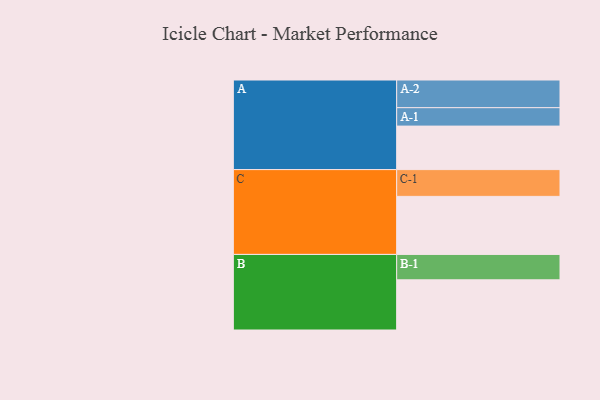
{"axis": {"x": "Segment", "y": "Value"}, "legend": ["", "A", "B", "C"], "data": [{"x": "A", "y": 437, "type": ""}, {"x": "B", "y": 504, "type": ""}, {"x": "C", "y": 583, "type": ""}, {"x": "A-1", "y": 185, "type": "A"}, {"x": "A-2", "y": 278, "type": "A"}, {"x": "B-1", "y": 255, "type": "B"}, {"x": "C-1", "y": 269, "type": "C"}]}